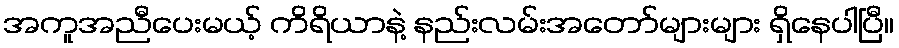
အကူအညီပေးမယ့် ကိရိယာနဲ့ နည်းလမ်းအတော်များများ ရှိနေပါပြီ။